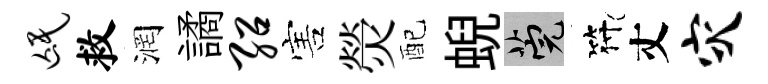
氓救润譎绍害熒配蜺筦符丈灾